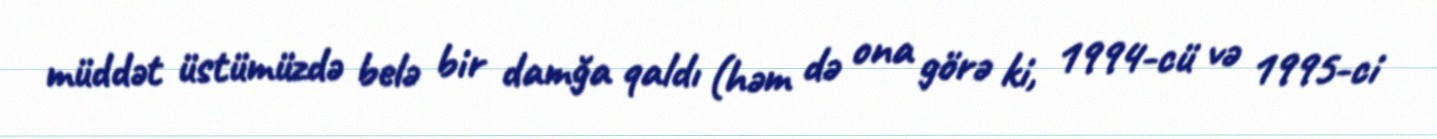
müddət üstümüzdə belə bir damğa qaldı (həm də ona görə ki, 1994-cü və 1995-ci